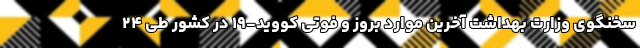
سخنگوی وزارت بهداشت آخرین موارد بروز و فوتی کووید-۱۹ در کشور طی ۲۴